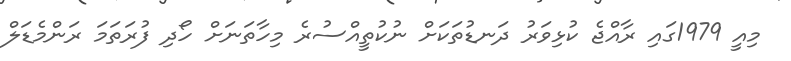
މިއީ 1979ގައި ރާއްޖެ ކުޅިވަރު ދަނޑުތަކަށް ނުކުތީއްސުރެ މިހާތަނަށް ހޯދި ފުރަތަމަ ރަންމެޑަލް